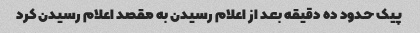
پیک حدود ده دقیقه بعد از اعلام رسیدن به مقصد اعلام رسیدن کرد